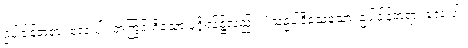
ဥပါဒါန်တရား လေးပါး အကြွင်းရှိသော ပုဂ္ဂိုလ်၌လည်း။ ‘သဥပါဒိသေသော၊ ဥပါဒါန်တရား လေးပါး